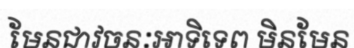
មែនជាវចនៈអាទិទេព មិនមែន